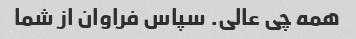
همه چی عالی. سپاس فراوان از شما